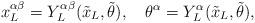
LaTeX: \begin{align*} { x_L^{\alpha \beta}} = Y^{\alpha\beta}_L({\tilde x_L},{\tilde \theta}), \quad {\theta^{\alpha}} = Y^{\alpha}_L({\tilde x_L},{\tilde \theta}),\end{align*}